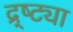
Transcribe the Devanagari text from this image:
द्र्ष्ट्या